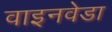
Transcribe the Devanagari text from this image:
वाइनवेडा